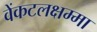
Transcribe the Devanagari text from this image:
वेंकटलक्षम्मा